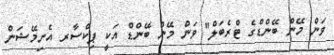
ވަން މޭން ބޭންޑްގެ ޓްރެބަލް'' ވަން މޭން ބޭންޑް އަކީ ޕިކްސާރ އެނިމޭޝަން